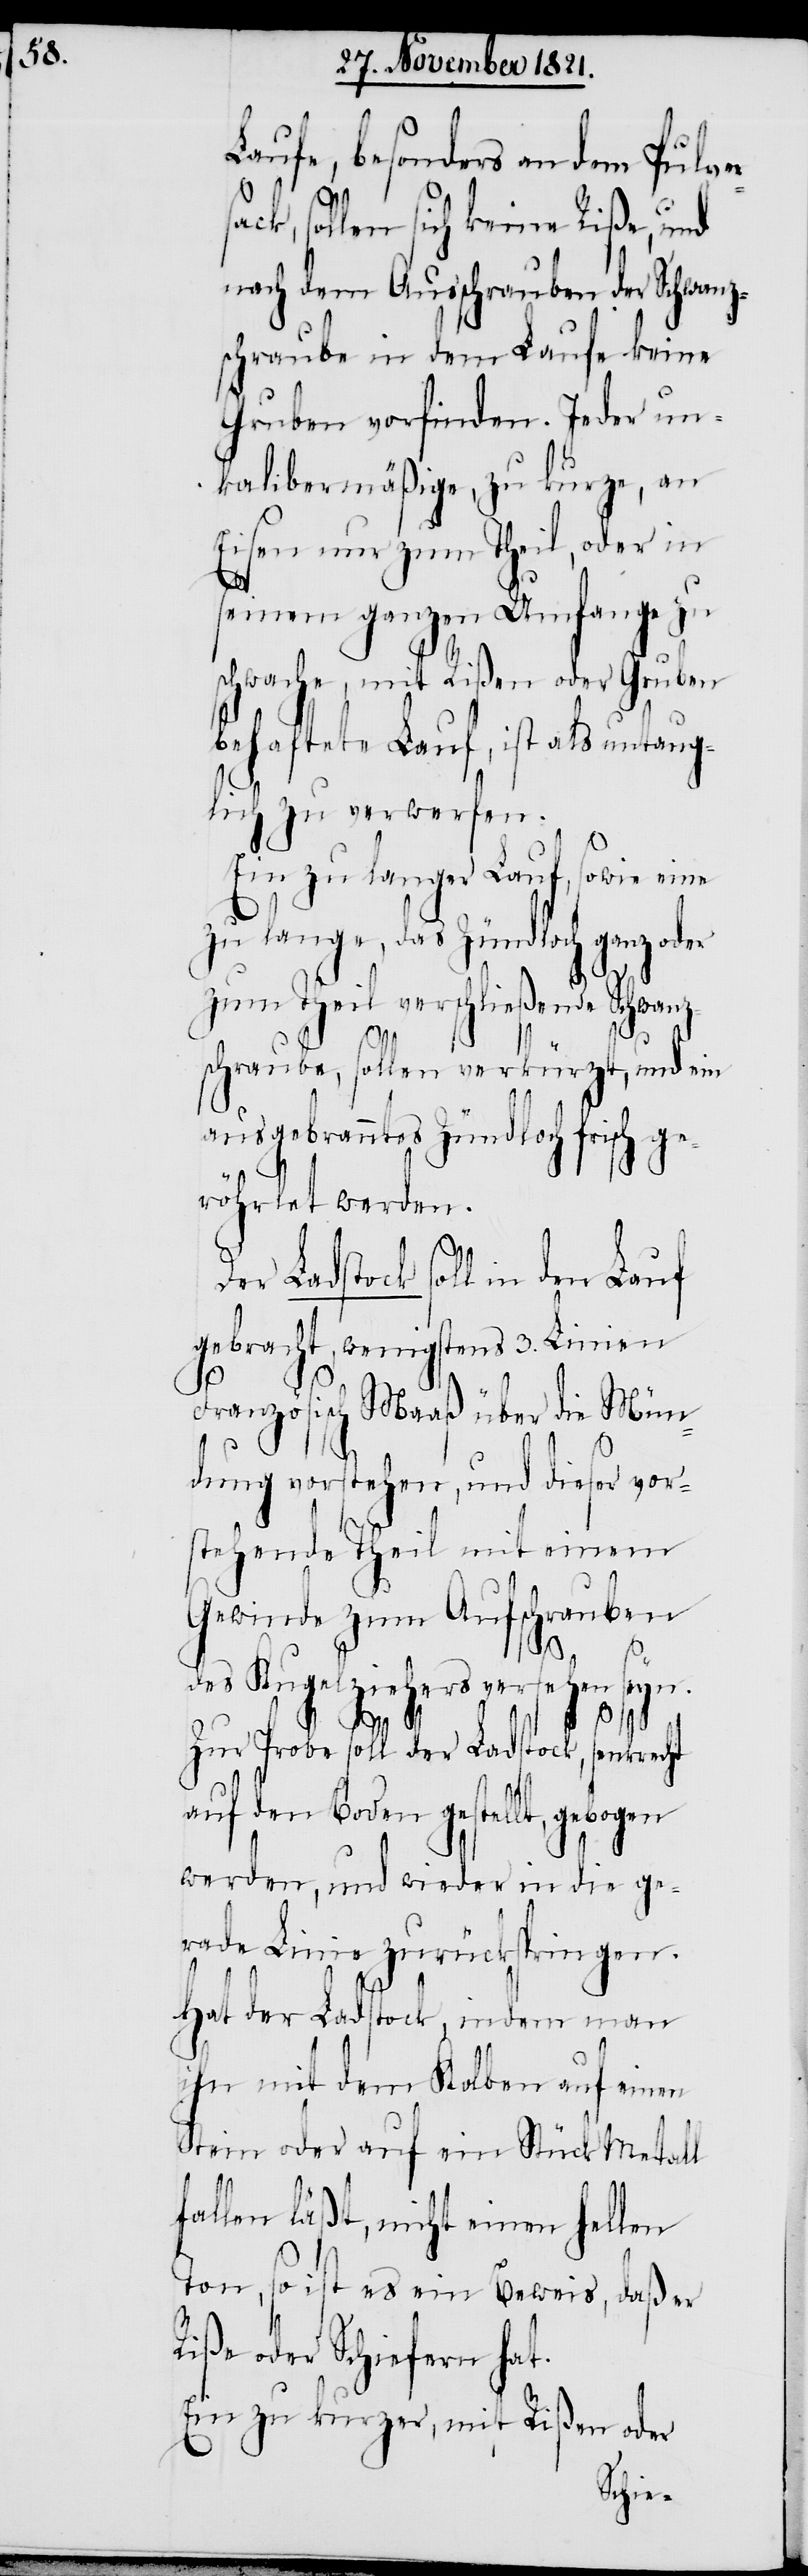
D¬

Laufe, besonders an dem Pulve¬
ck, sollen sich keine Riße, und
nach dem Ausschrauben der Schwanz¬
schraube in dem Laufe keine
Gruben vorfinden. Jeder un¬
kalibermäßige, zu kurze, an
Eisen nur zum Theil, oder in
seinem ganzen Umfange zu
schwache, mit Rißen oder Gruben
behaftete Lauf, ist als untaug¬
lich zu verwerfen.
Ein zu langer Lauf, sowie eine
zu lange, das Zündloch ganz oder
zum Theil verschließende Schwanz¬
schraube, sollen verkürzt, und ein
ausgebranntes Zündloch frisch ge¬
röhrlet werden.
er Ladstock soll in den Lauf
gebracht, wenigstens 3. Linien
Französisch Maaß über die Mün¬
dung vorstehen, und dieser vor¬
stehende Theil mit einem
Gewinde zum Aufschrauben
des Kugelziehers versehen seyn.
Zur Probe soll der Ladstock, senkrecht
auf den Boden gestellt, gebogen
werden, und wieder in die ge¬
rade Linie zurückspringen.
Hat der Ladstock, indem man
ihn mit dem Kolben auf einen
Stein oder auf ein Stück Metall
fallen läßt, nicht einen hellen
Ton, so ist es ein Beweis, daß er
Riße oder Schiefern hat.
Ein zu kurzer, mit Rißen oder